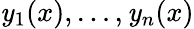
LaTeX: \mathit{y}_{1}(x),\ldots,\mathit{y}_{n}(x)